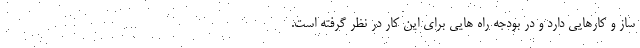
ساز و کارهایی دارد و در بودجه راه هایی برای این کار در نظر گرفته است.